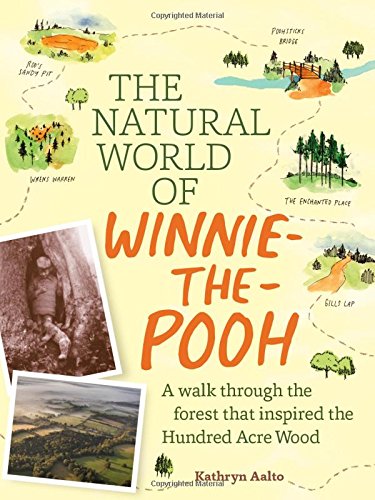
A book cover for The Natural World of Winnie-the-Pooh: A Walk Through the Forest that Inspired the Hundred Acre Wood; Kathryn Aalto; Literature & Fiction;